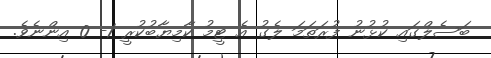
ބަސެލްގައި ކުޅުނު ފުރަތަމަ ލެގު އެ ޓީމު ކާމިޔާބުކުރީ 1- 0 އިންނެވެ.